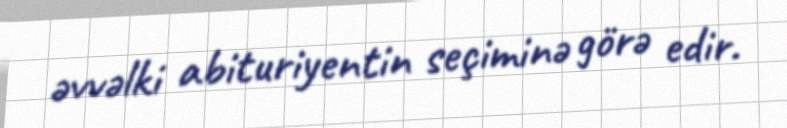
əvvəlki abituriyentin seçiminə görə edir.